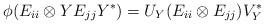
LaTeX: \begin{align*}\phi(E_{ii}\otimes YE_{jj}Y^*)=U_Y(E_{ii}\otimes E_{jj})V_Y^*\end{align*}